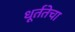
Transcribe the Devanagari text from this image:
धूर्ततेचा